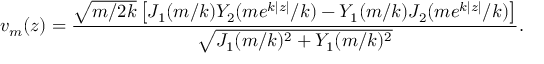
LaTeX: v _ { m } ( z ) = \frac { \sqrt { m / 2 k } \left[ J _ { 1 } ( m / k ) Y _ { 2 } ( m e ^ { k | z | } / k ) - Y _ { 1 } ( m / k ) J _ { 2 } ( m e ^ { k | z | } / k ) \right] } { \sqrt { J _ { 1 } ( m / k ) ^ { 2 } + Y _ { 1 } ( m / k ) ^ { 2 } } } .